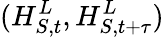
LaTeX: (H_{S,t}^{L},H_{S,t+\tau}^{L})